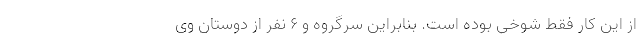
از این کار فقط شوخی بوده است. بنابراین سرگروه و ۶ نفر از دوستان وی